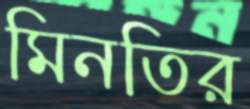
মিনতির